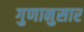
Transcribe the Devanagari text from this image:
गुणानुसार